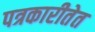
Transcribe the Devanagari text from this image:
पत्रकारीतेत